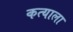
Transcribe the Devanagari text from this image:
कत्याला